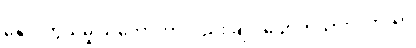
နှောင်တွယ်မှု သဘောဟာလည်း ချုပ်ပျောက်သွားပါတယ်။